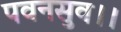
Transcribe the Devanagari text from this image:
पवनसुव।।